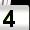
Digit: 4